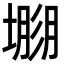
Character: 𡐐